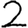
Digit: 2